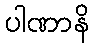
ပါဏာနိ